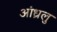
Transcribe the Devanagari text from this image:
आंध्रलु